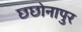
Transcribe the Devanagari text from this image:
छछोनापुर